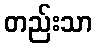
တည်းသာ